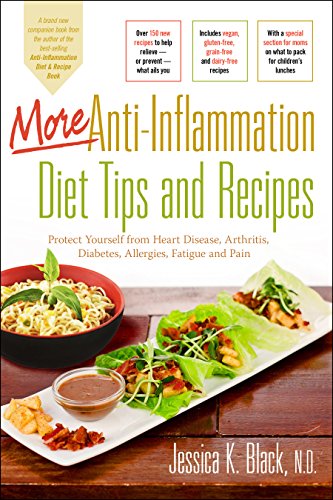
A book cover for More Anti-Inflammation Diet Tips and Recipes: Protect Yourself from Heart Disease, Arthritis, Diabetes, Allergies, Fatigue and Pain; Jessica K. Black; Health, Fitness & Dieting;